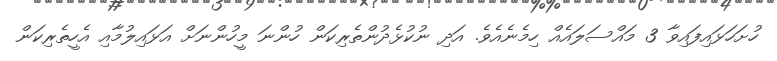
ހުށަހަޅައިފައިވާ 3 މައްސަލައެއް ހިމެނެއެވެ. އަދި ނުކުޅެދުންތެރިކަން ހުންނަ މީހުންނަށް އަޅައިލުމާއި އެހީތެރިކަން